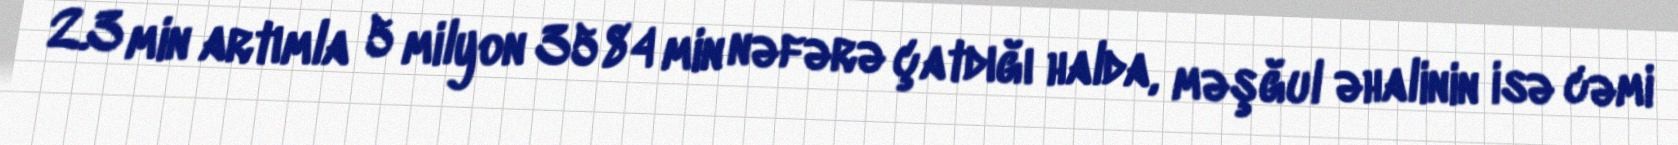
2.3 min artımla 5 milyon 3584 min nəfərə çatdığı halda, məşğul əhalinin isə cəmi